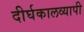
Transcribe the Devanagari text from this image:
दीर्घकालव्यापी